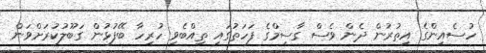
ހުސެއިންގެ އިތުރުން ދެން ވެސް ގާސިމްގެ ފަހަތުގައި ތިއްބެވި ހުރިހާ ބޭފުޅުން ގަބޫލުކުރަށްވަން